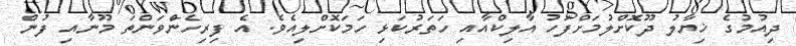
ދިއުމުގެ ޚިޔާލު ދޫކޮށްލުމަށްފަހު އާލިކްއާއި ހަތަރުކަޅި ހަމަކޮށްލިއެވެ. އެ ފިރިހެންވަންތަ މޫނާއި ފުން